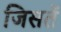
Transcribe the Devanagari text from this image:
जिसतें